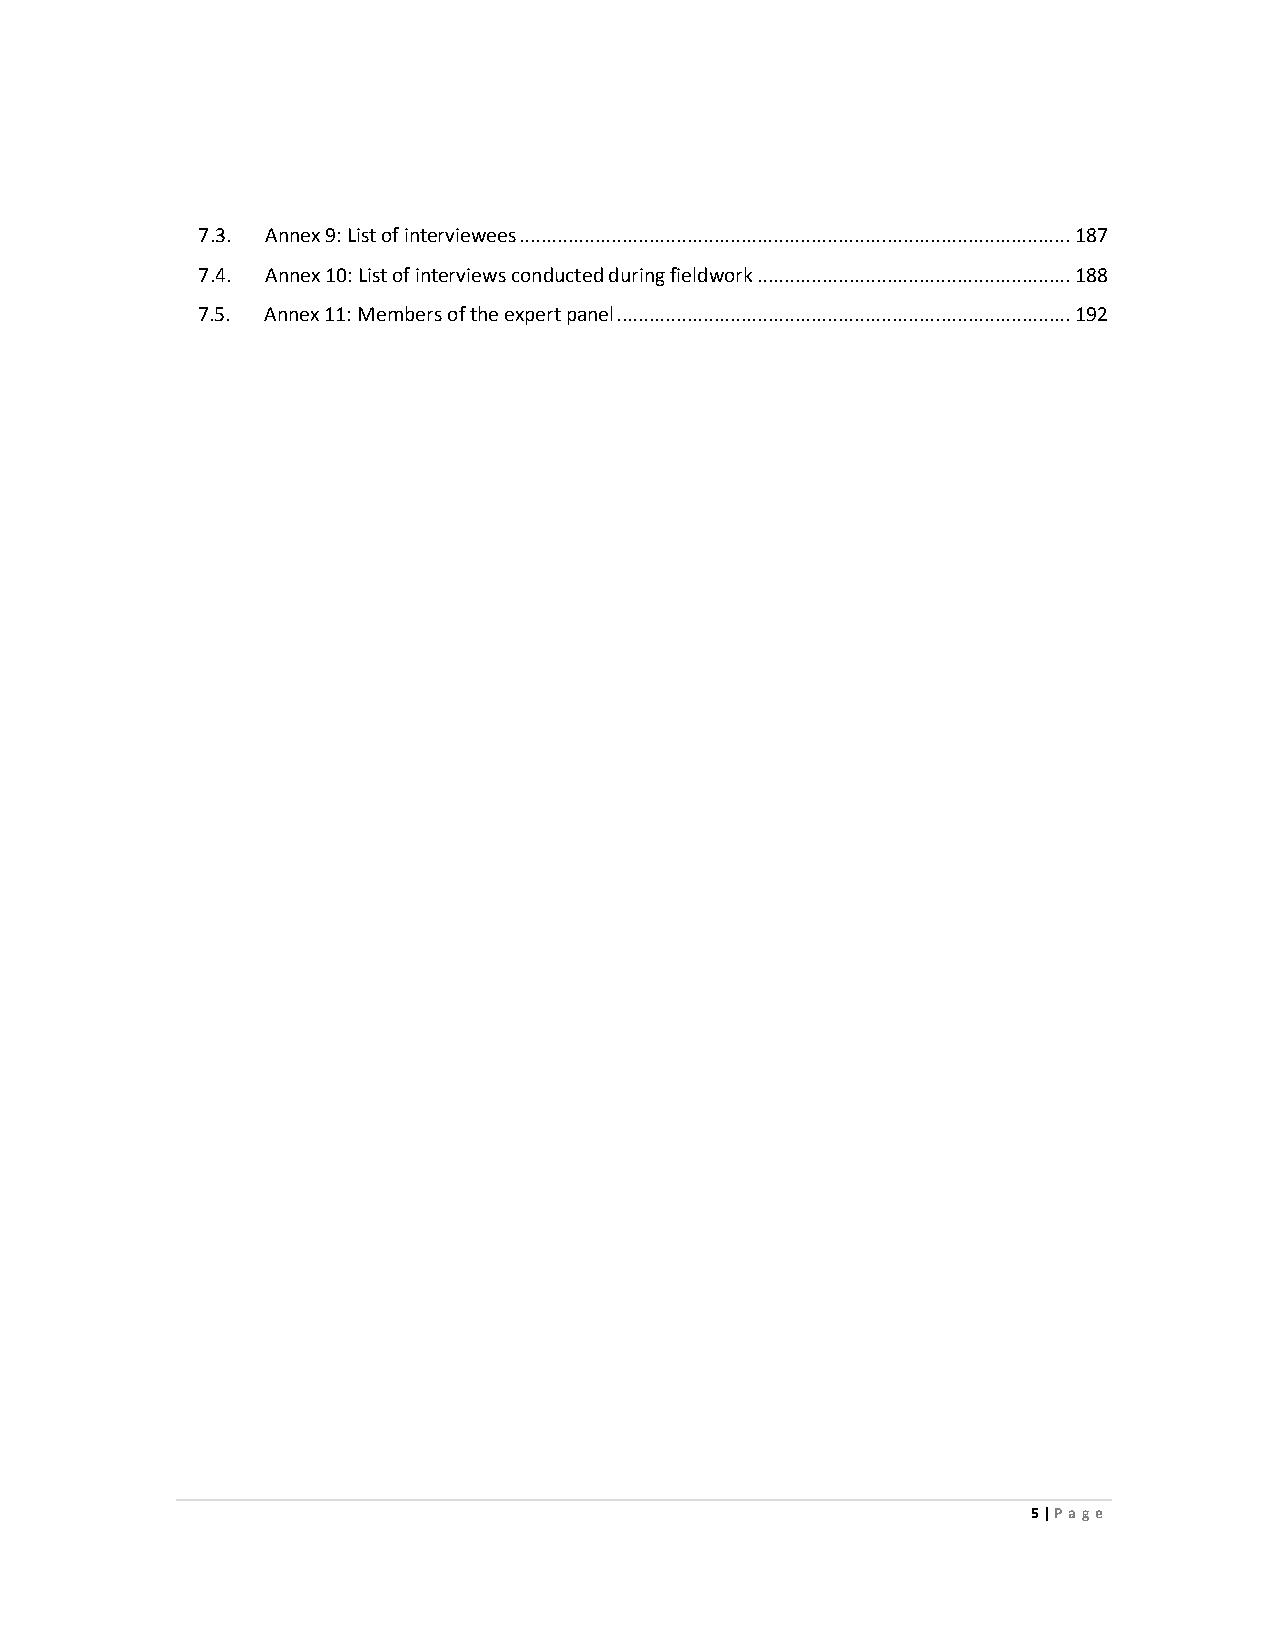
7.3. Annex 9: List of interviewees ...................................................................................................... 187
 7.4. Annex 10: List of interviews conducted during fieldwork .......................................................... 188
 7.5. Annex 11: Members of the expert panel .................................................................................... 192
 5 | Page